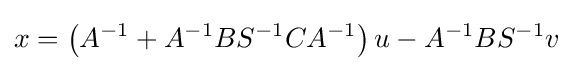
x=\left(A^{-1}+A^{-1}BS^{-1}CA^{-1}\right)u-A^{-1}BS^{-1}v